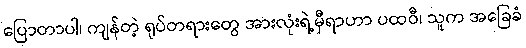
ပြောတာပါ၊ ကျန်တဲ့ ရုပ်တရားတွေ အားလုံးရဲ့မှီရာဟာ ပထဝီ၊ သူက အခြေခံ